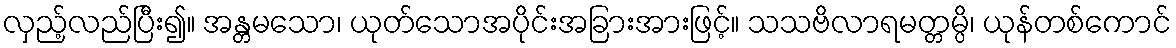
လှည့်လည်ပြီး၍။ အန္တမသော၊ ယုတ်သောအပိုင်းအခြားအားဖြင့်။ သသဗိလာရမတ္တမ္ပိ၊ ယုန်တစ်ကောင်